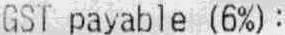
GST PAYABLE (6%):